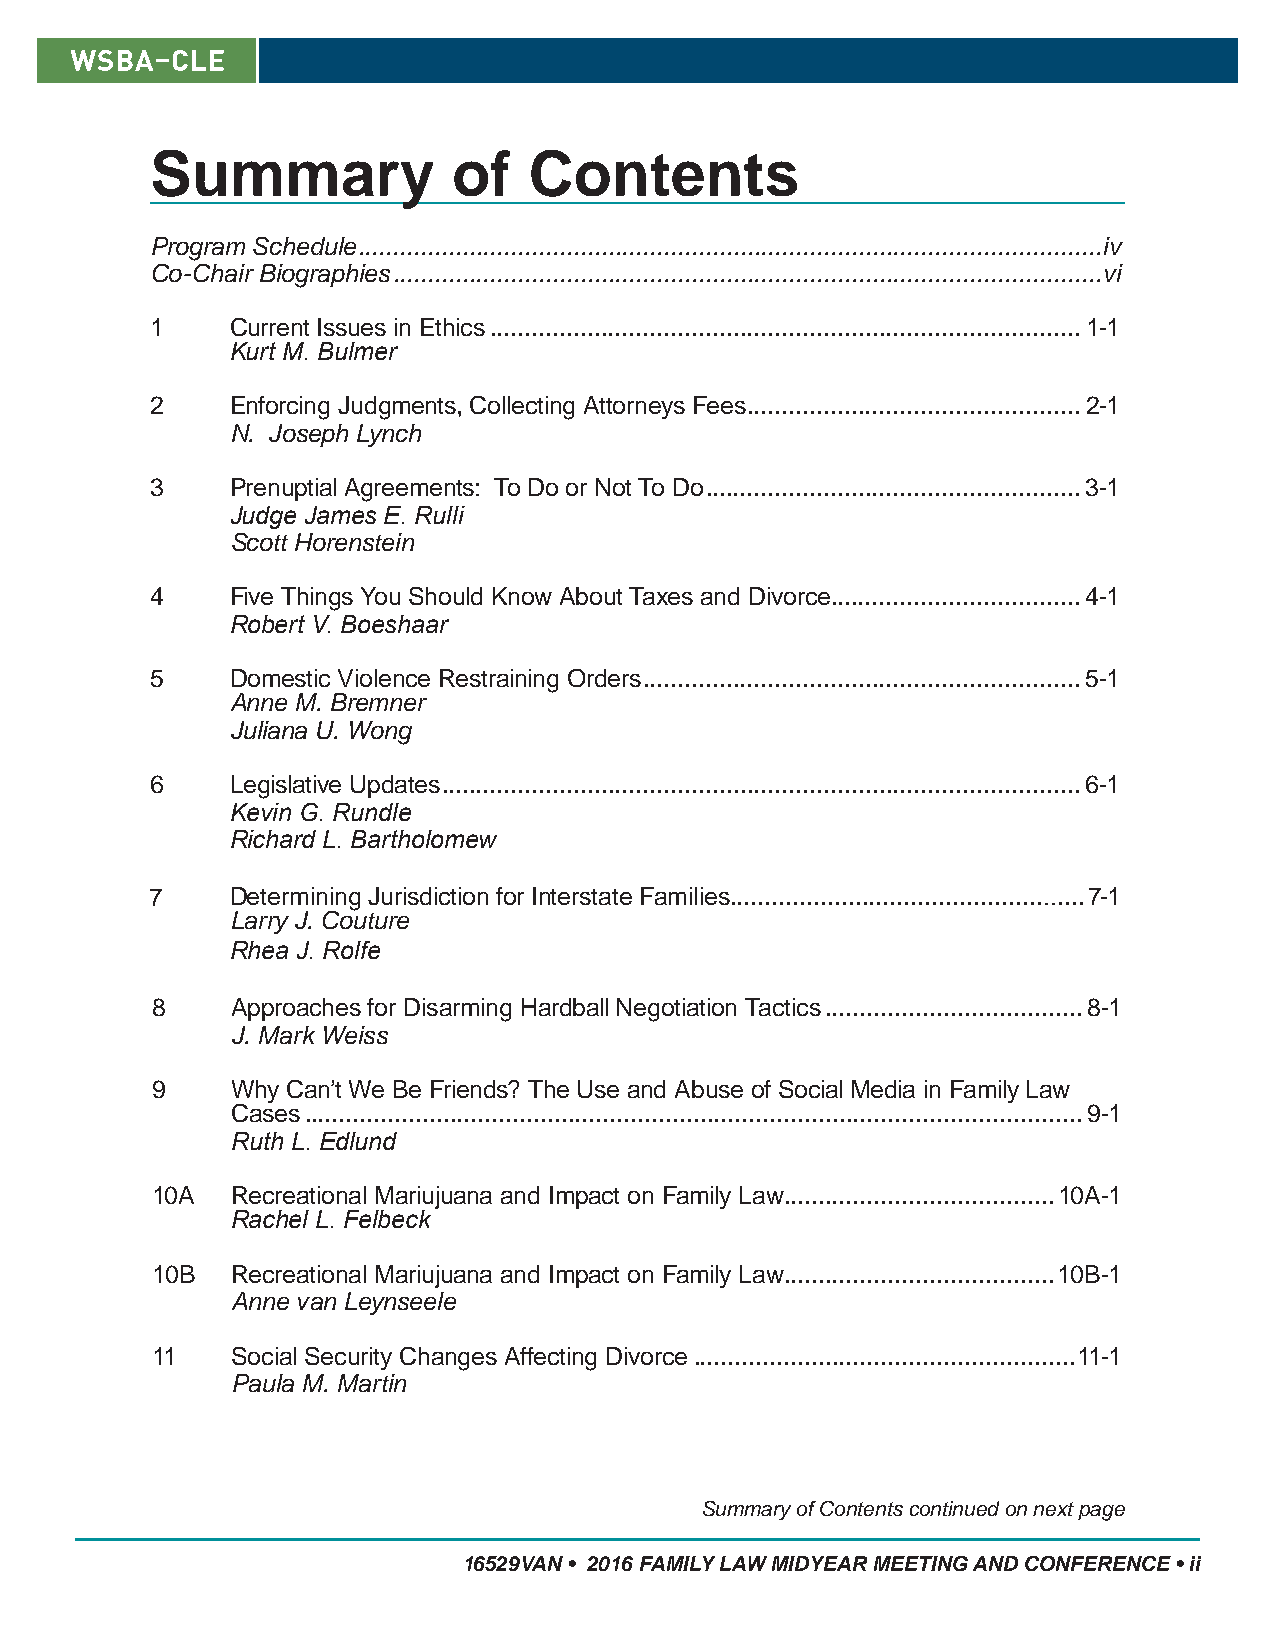
Summary             of   Contents
 Program Schedule ...........................................................................................................iv
 Co-Chair Biographies ......................................................................................................vi
 1    Current Issues in Ethics .....................................................................................1-1
 Kurt M. Bulmer
 2    Enforcing Judgments, Collecting Attorneys Fees ................................................2-1
 N. Joseph Lynch
 3    Prenuptial Agreements: To Do or Not To Do ......................................................3-1
 Judge James E. Rulli
 Scott Horenstein
 4    Five Things You Should Know About Taxes and Divorce....................................4-1
 Robert V. Boeshaar
 5    Domestic Violence Restraining Orders ...............................................................5-1
 Anne M. Bremner
 Juliana U. Wong
 6    Legislative Updates ............................................................................................6-1
 Kevin G. Rundle
 Richard L. Bartholomew
 7    Determining Jurisdiction for Interstate Families ................................................... 7-1
 Larry J. Couture
 Rhea J. Rolfe
 8    Approaches for Disarming Hardball Negotiation Tactics .....................................8-1
 J. Mark Weiss
 9    Why Can’t We Be Friends? The Use and Abuse of Social Media in Family Law
 Cases ................................................................................................................9-1
 Ruth L. Edlund
 10A  Recreational Mariujuana and Impact on Family Law .......................................10A-1
 Rachel L. Felbeck
 10B  Recreational Mariujuana and Impact on Family Law .......................................10B-1
 Anne van Leynseele
 11   Social Security Changes Affecting Divorce .......................................................11-1
 Paula M. Martin
 Summary of Contents continued on next page
 16529VAN • 2016 FAMILY LAW MIDYEAR MEETING AND CONFERENCE • ii